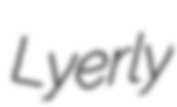
Lyerly